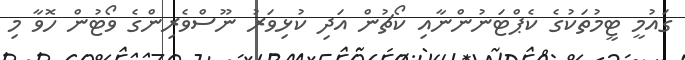
ގައުމީ ޓީމުތަކުގެ ކެޕްޓަނުންނާއި ކޯޗުން އަދި ކުޅިވަރު ނޫސްވެރިންގެ ވޯޓުން ހޮވާ މި